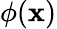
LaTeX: \phi(\mathbf{x})